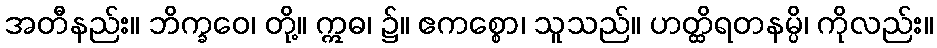
အတီနည်း။ ဘိက္ခဝေ၊ တို့။ ဣဓ၊ ၌။ ဧကစ္စော၊ သူသည်။ ဟတ္ထိရတနမ္ပိ၊ ကိုလည်း။